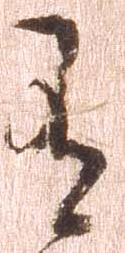
有